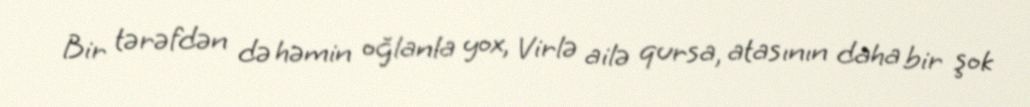
Bir tərəfdən də həmin oğlanla yox, Virlə ailə qursa, atasının daha bir şok